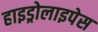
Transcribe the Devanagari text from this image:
हाइड्रोलाइपेस